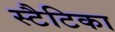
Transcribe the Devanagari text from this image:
स्टैटिका